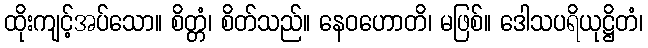
ထိုးကျင့်အပ်သော။ စိတ္တံ၊ စိတ်သည်။ နေဝဟောတိ၊ မဖြစ်။ ဒေါသပရိယုဋ္ဌိတံ၊